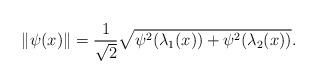
LaTeX: \begin{align*}\|\psi(x)\|=\frac{1}{\sqrt{2}}\sqrt{\psi^2(\lambda_1(x))+\psi^2(\lambda_2(x))}.\end{align*}